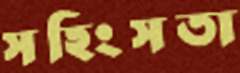
সহিংসতা